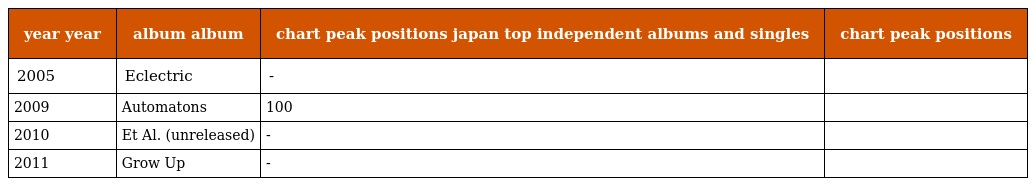
| year year | album album | chart peak positions japan top independent albums and singles | chart peak positions |
 | --- | --- | --- | --- |
 | 2005 | Eclectric | - |  |
 | 2009 | Automatons | 100 |  |
 | 2010 | Et Al. (unreleased) | - |  |
 | 2011 | Grow Up | - |  |